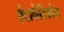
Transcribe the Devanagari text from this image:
एंटार्कटिकोस